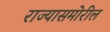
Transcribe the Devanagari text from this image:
राज्यासमोरील